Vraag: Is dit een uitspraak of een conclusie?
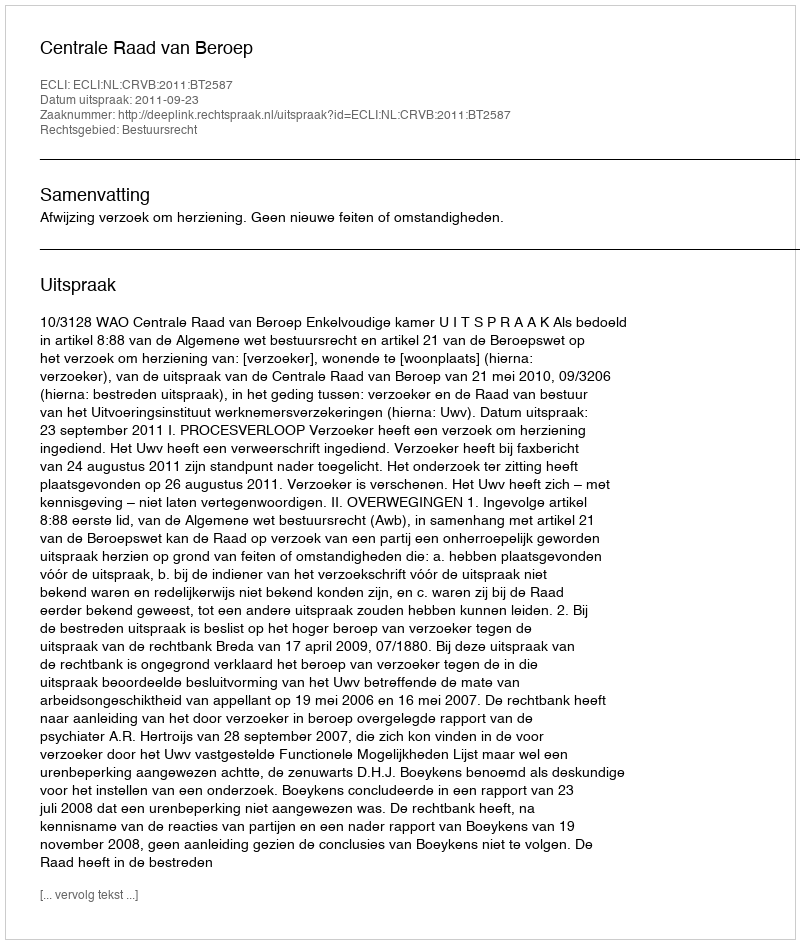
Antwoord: Uitspraak